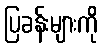
ပြခန်းများကို